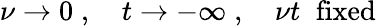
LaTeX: \nu\rightarrow 0\; ,\quad t\rightarrow-\infty\; ,\quad\nu t\; \; \mathrm{fixed}